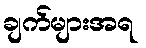
ချက်များအရ